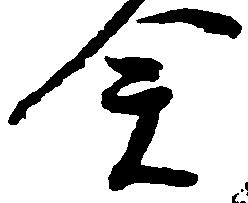
全